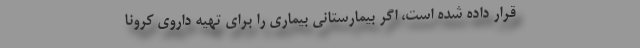
قرار داده شده است، اگر بیمارستانی بیماری را برای تهیه داروی کرونا